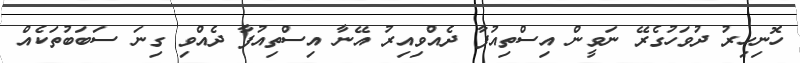
ހޮނިހިރު ދުވަހުގެރޭ ނަވީން އިސްތިއުފާ ދެއްވިއިރު އޭނާ އިސްތިއުފާ ދެއްވި ގިނަ ސަބަބުތަކެއް